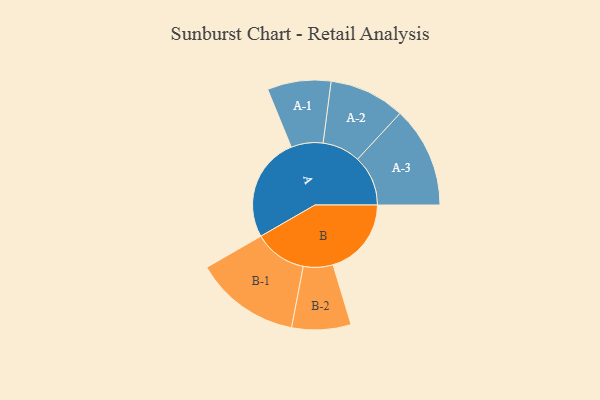
{"axis": {"x": "Segment", "y": "Value"}, "legend": ["", "A", "B"], "data": [{"x": "A", "y": 375, "type": ""}, {"x": "B", "y": 281, "type": ""}, {"x": "A-1", "y": 114, "type": "A"}, {"x": "A-2", "y": 136, "type": "A"}, {"x": "A-3", "y": 181, "type": "A"}, {"x": "B-1", "y": 189, "type": "B"}, {"x": "B-2", "y": 106, "type": "B"}]}